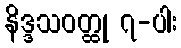
နိဒ္ဒသဝတ္ထု ၇-ပါး